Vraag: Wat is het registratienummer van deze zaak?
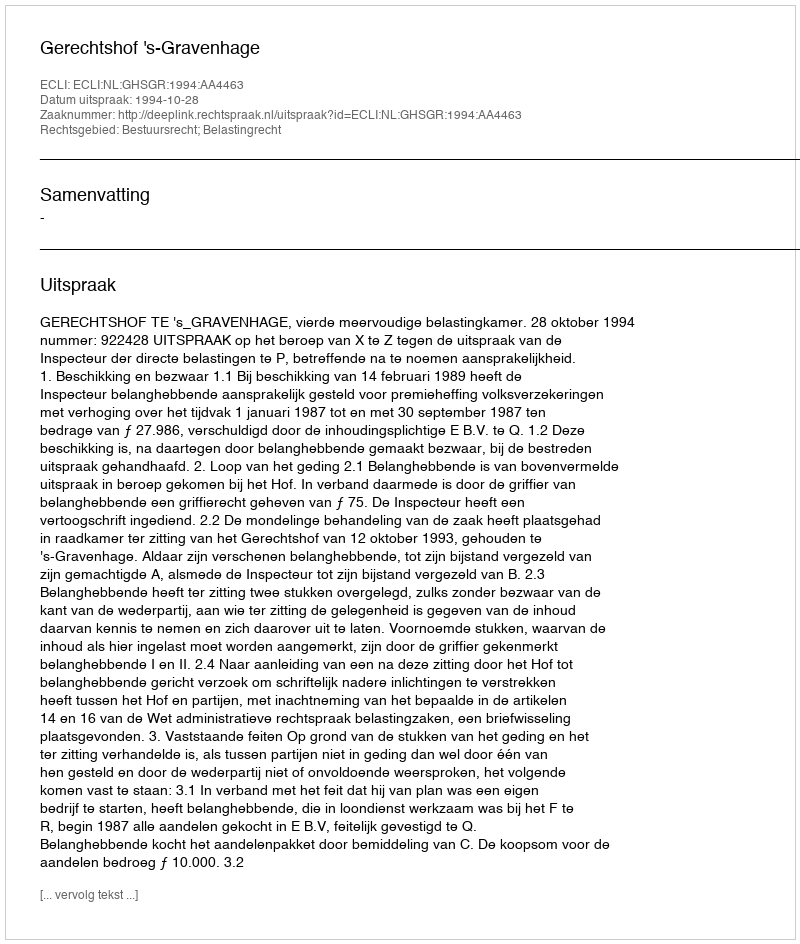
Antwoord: http://deeplink.rechtspraak.nl/uitspraak?id=ECLI:NL:GHSGR:1994:AA4463